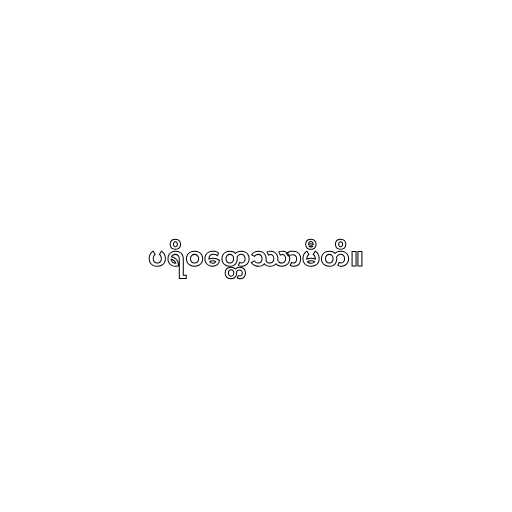
ပရိဝတ္တေဿာမီတိ။